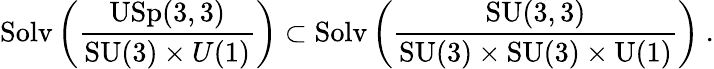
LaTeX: \mathrm{Solv}\left(\frac{\mathrm{USp}(3,3)}{\mathrm{SU}(3)\times{U}(1)}\right)\subset\mathrm{Solv}\left(\frac{\mathrm{SU}(3,3)}{\mathrm{SU}(3)\times\mathrm{SU}(3)\times\mathrm{U}(1)}\right)~.